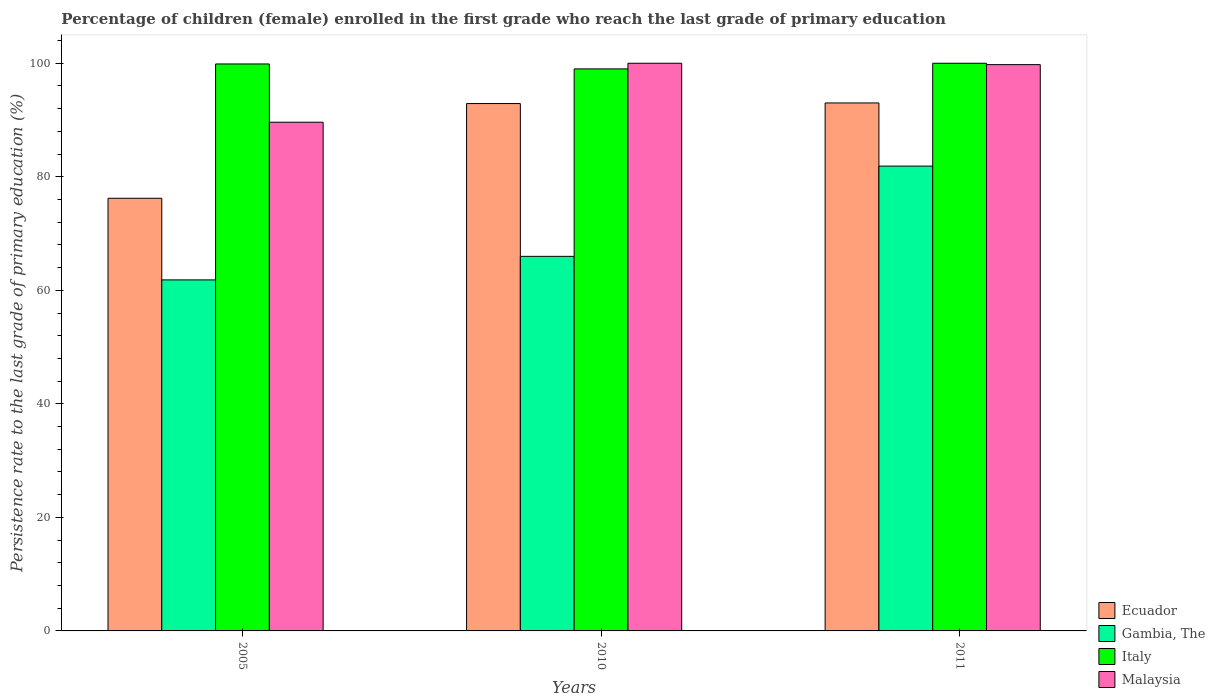
| Years | Ecuador | Gambia, The | Italy | Malaysia |
 | --- | --- | --- | --- | --- |
 | 2005 | 76.2 | 61.8 | 99.9 | 89.6 |
 | 2010 | 92.9 | 66 | 99 | 100 |
 | 2011 | 93 | 81.9 | 100 | 99.8 |